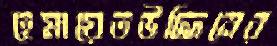
হেমায়েতউদ্দিনের